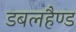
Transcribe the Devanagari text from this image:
डबलहैण्ड